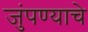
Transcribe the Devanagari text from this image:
जुंपण्याचे